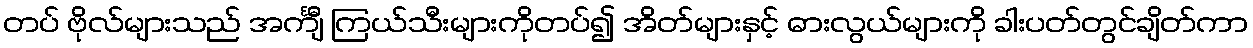
တပ် ဗိုလ်များသည် အင်္ကျီ ကြယ်သီးများကိုတပ်၍ အိတ်များနှင့် ဓားလွယ်များကို ခါးပတ်တွင်ချိတ်ကာ